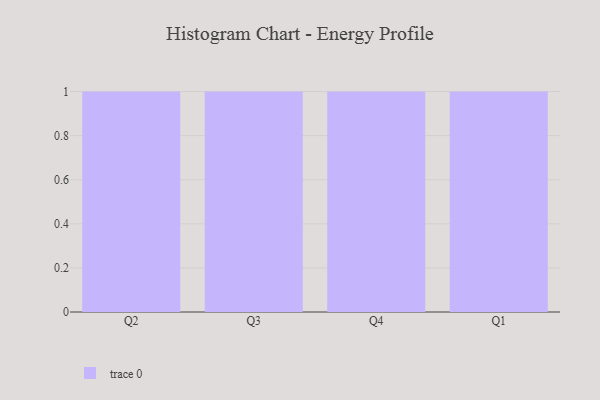
{"axis": {"x": "Quarter", "y": "Website Visitors"}, "legend": [""], "data": [{"x": "Q2", "y": 83, "type": ""}, {"x": "Q3", "y": 35, "type": ""}, {"x": "Q4", "y": 31, "type": ""}, {"x": "Q1", "y": 84, "type": ""}]}